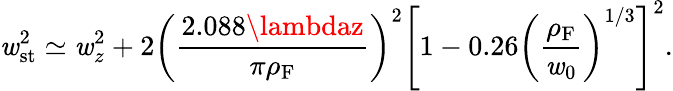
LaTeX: \mathit{w}_{\mathrm{{st}}}^{2}\simeq\mathit{w}_{z}^{2}+2\left(\frac{{2.088\lambdaz}}{{\pi\rho_{\mathrm{{F}}}}}\right)^{2}\left[1-0.26\left(\frac{{\rho_{\mathrm{{F}}}}}{{\mathit{w}_{0}}}\right)^{1/3}\right]^{2}.